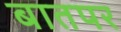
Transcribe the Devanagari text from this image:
बातपर